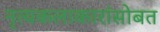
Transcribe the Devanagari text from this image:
नृत्यकलाकारांसोबत